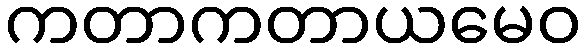
ကတာကတာယမေဝ